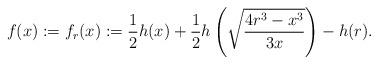
LaTeX: \begin{align*} f(x) := f_{r} (x) := \frac{1}{2}h(x) + \frac12 h\left(\sqrt{\frac{4r^3-x^3}{3x}} \right) - h(r).\end{align*}